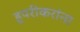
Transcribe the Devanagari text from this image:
हुपरीकरांना